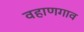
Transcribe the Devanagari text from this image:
वहाणगाव